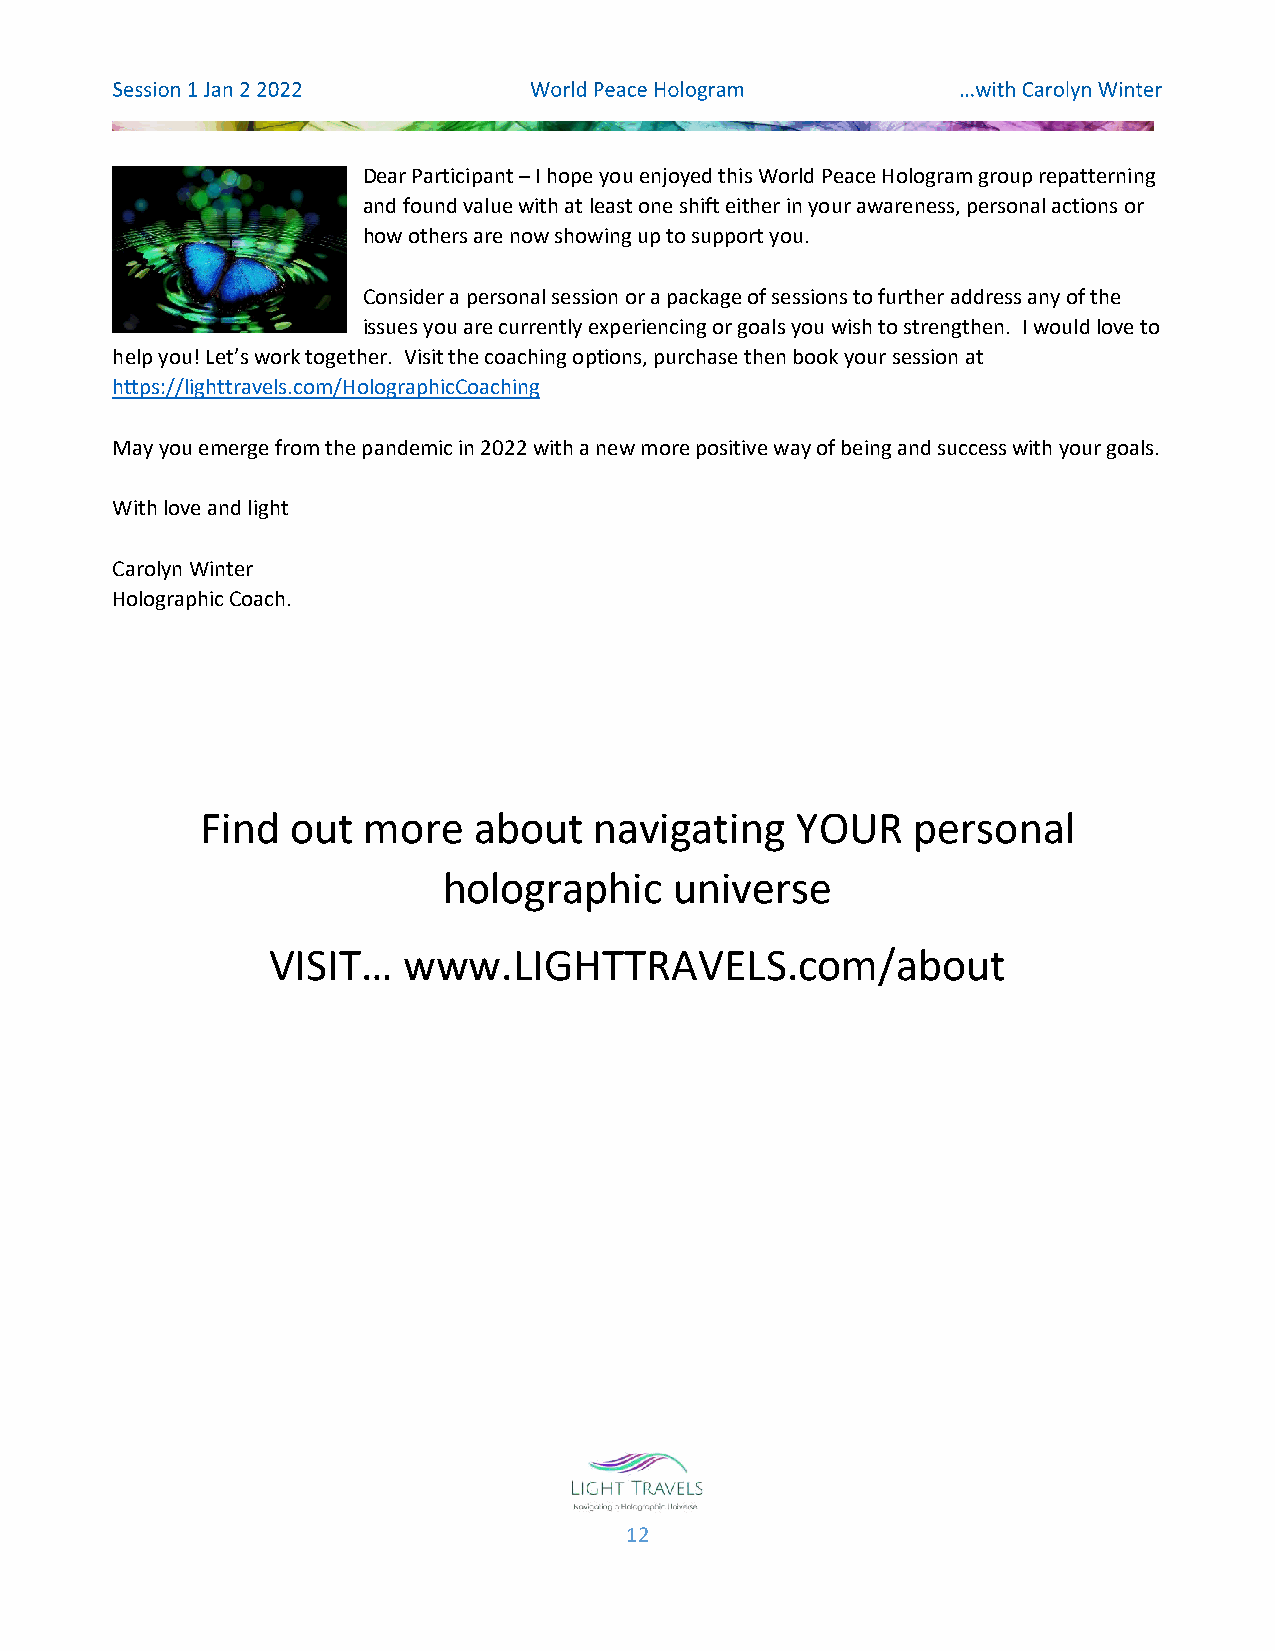
Dear Participant – I hope you enjoyed this World Peace Hologram group repatterning
 and found value with at least one shift either in your awareness, personal actions or
 how others are now showing up to support you.
 Consider a personal session or a package of sessions to further address any of the
 issues you are currently experiencing or goals you wish to strengthen. I would love to
 help you! Let’s work together. Visit the coaching options, purchase then book your session at
 https://lighttravels.com/HolographicCoaching
 May you emerge from the pandemic in 2022 with a new more positive way of being and success with your goals.
 With love and light
 Carolyn Winter
 Holographic Coach.
 Find  out  more   about   navigating    YOUR    personal
 holographic     universe
 VISIT…   www.LIGHTTRAVELS.com/about
 12